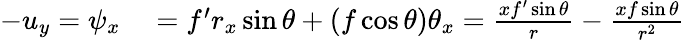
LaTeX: \begin{array}{rl}{-u_{y}=\psi_{x}}&{{}=f^{\prime}r_{x}\sin\theta+(f\cos\theta)\theta_{x}=\frac{xf^{\prime}\sin\theta}{r}-\frac{xf\sin\theta}{r^{2}}}\end{array}